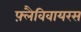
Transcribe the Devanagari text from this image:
फ़्लैविवायरस